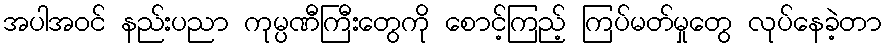
အပါအဝင် နည်းပညာ ကုမ္ပဏီကြီးတွေကို စောင့်ကြည့် ကြပ်မတ်မှုတွေ လုပ်နေခဲ့တာ